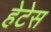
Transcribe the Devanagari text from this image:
हेटेस